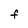
Character: F